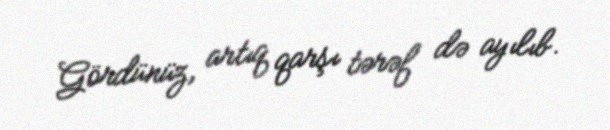
Gördünüz, artıq qarşı tərəf də ayılıb.